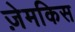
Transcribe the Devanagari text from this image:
ज़ेमकिस